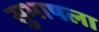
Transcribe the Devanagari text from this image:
सुभाषला